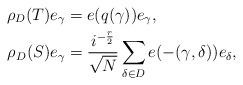
LaTeX: \begin{align*}\rho_D(T)e_\gamma &= e(q(\gamma))e_\gamma,\\\rho_D(S)e_\gamma &=\frac{i^{-\frac{r}{2}}}{\sqrt{N}}\sum_{\delta\in D}e(-(\gamma,\delta))e_\delta,\end{align*}